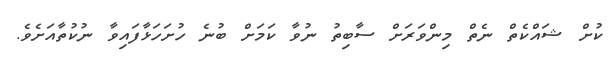
ކުށް ޝައްކެތް ނެތް މިންވަރަށް ސާބިތު ނުވާ ކަމަށް ބުނެ ހުށަހަޅާފައިވާ ނުކުތާއަށެވެ.